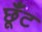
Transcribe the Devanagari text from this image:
छूँट